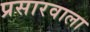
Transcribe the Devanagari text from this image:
प्रसारवाला